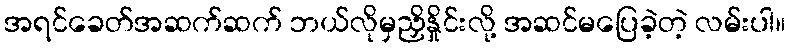
အရင်ခေတ်အဆက်ဆက် ဘယ်လိုမှညှိနှိုင်းလို့ အဆင်မပြေခဲ့တဲ့ လမ်းပါ။